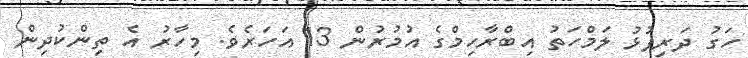
ހަގު ދަރިފުޅު ލަމްހަތު އިބްރާހިމްގެ އުމުރުން 13 އަހަރެވެ. މިހާރު އެ ތިންކުދިން